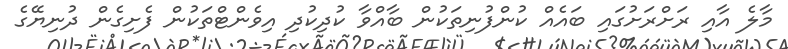
މާލެ އާއި ރަށްރަށުގައި ބައެއް ކުންފުނިތަކުން ބާއްވާ ކުދިކުދި އިވެންޓްތަކުން ފެށިގެން ދުނިޔޭގެ